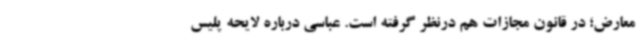
معارض؛ در قانون مجازات هم درنظر گرفته است. عباسی درباره لایحه پلیس